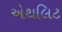
એથલિટ